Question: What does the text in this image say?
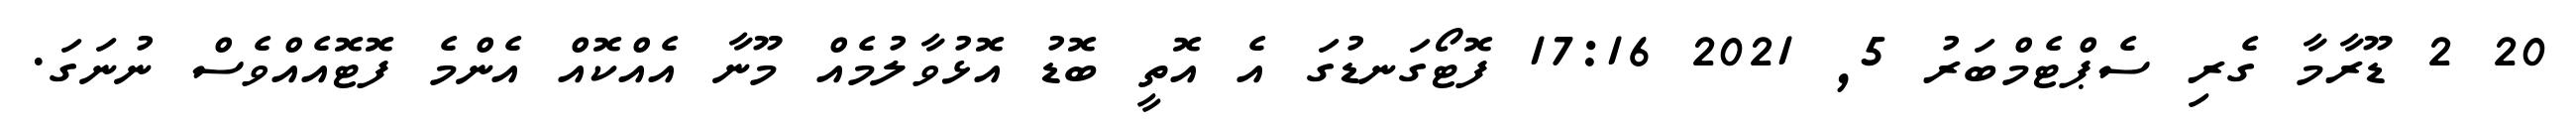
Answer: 20 2 ޑޫރާމާ ގެރި ސެޕްޓެމްބަރު 5, 2021 17:16 ފޮޓޯގަނޑުގަ އެ އޮތީ ބޮޑު އޮޅުވާލުމެއް މޫނާ އެއްކޮއް އެންމެ ފޮޓޮއެއްވެސް ނުނަގަ.